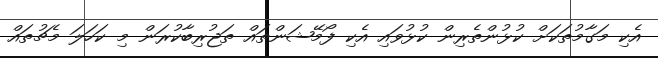
އެެކި މަގާމުތަކަށް ކުޅުންތެރިން ކުޅުވައި އެކި ފޯމޭޝަންތައް ތަޖުރިބާކުރަން މި ކަހަލަ މެޗުތައް